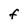
Character: F